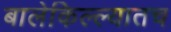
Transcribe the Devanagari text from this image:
बालेकिल्ल्यातच